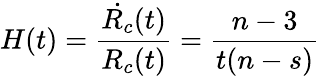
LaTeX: H(t)=\frac{\dot{R_{c}}(t)}{R_{c}(t)}=\frac{n-3}{t(n-s)}